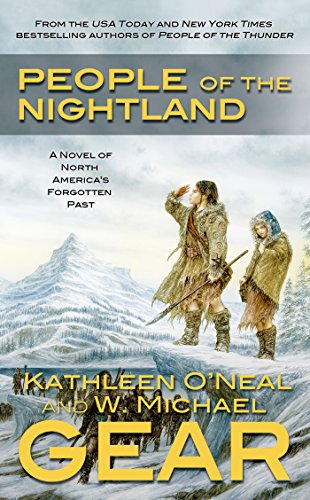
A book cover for People of the Nightland (North America's Forgotten Past); W. Michael Gear; Literature & Fiction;